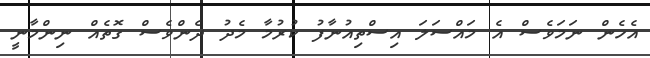
އެހެން ނަމަވެސް އެ މައްސަލަ އިސްތިއުނާފު ކުރުމާ މެދު ދެންވެސް ގޮތެއް ނިންމާނީ